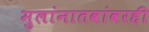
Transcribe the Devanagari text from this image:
मुलांनातवांवरही